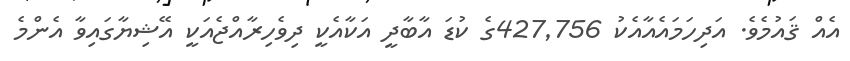
އެއް ޤައުމެވެ. އަދިހަމައެއާއެކު 427